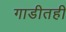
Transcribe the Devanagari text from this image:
गाडीतही